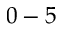
0 - 5